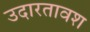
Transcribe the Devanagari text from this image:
उदारतावश